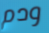
ودم